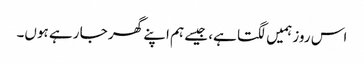
اس روز ہمیں لگتا ہے، جیسے ہم اپنے گھر جا رہے ہوں۔